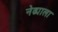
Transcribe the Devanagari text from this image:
नेढ्याला